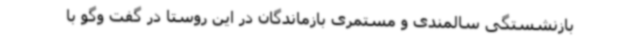
بازنشستگی سالمندی و مستمری بازماندگان در این روستا در گفت وگو با